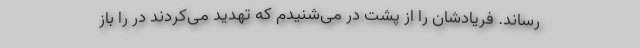
رساند. فریادشان را از پشت در می‌شنیدم که تهدید می‌کردند در را باز